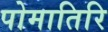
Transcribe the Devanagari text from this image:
पोमातिरि